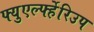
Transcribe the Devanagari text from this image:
फ्युएर्ल्फ्हेरिउप